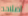
اصلاحه